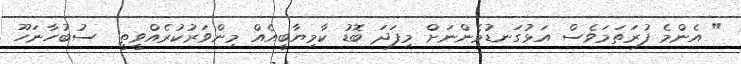
" އެންމެ ފުރަތަމަވެސް އަޅުގަނޑުމެންނަށް މިފަދަ ބޮޑު ކާމިޔާބީއެއް މިންވަރުކުރެއްވީތީ  ސުބުހާނަހޫ